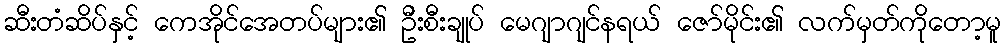
ဆီးတံဆိပ်နှင့် ကေအိုင်အေတပ်များ၏ ဦးစီးချုပ် မေဂျာဂျင်နရယ် ဇော်မိုင်း၏ လက်မှတ်ကိုတော့မူ